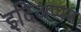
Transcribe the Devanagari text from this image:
इदिअप्पम